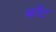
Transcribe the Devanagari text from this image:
जोंट